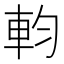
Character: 𨊷